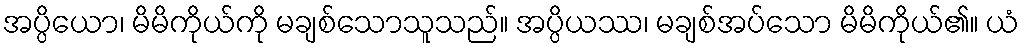
အပ္ပိယော၊ မိမိကိုယ်ကို မချစ်သောသူသည်။ အပ္ပိယဿ၊ မချစ်အပ်သော မိမိကိုယ်၏။ ယံ